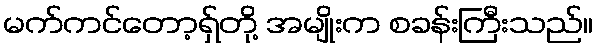
မက်ကင်တော့ရှ်တို့ အမျိုးက စခန်းကြီးသည်။